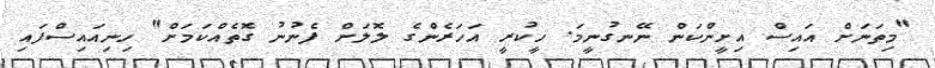
"މިތަނަށް އައިސް އިށީންކަން ނޭނގުނީމަ. ހީކުރީ އަހަރެންގެ ލޮލަށް ފެނުނު ގޮތެއްކަމަށް" ހިނިއައިސްފައި